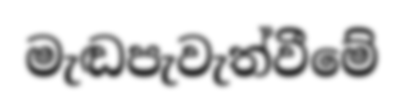
මැඬපැවැත්වීමේ